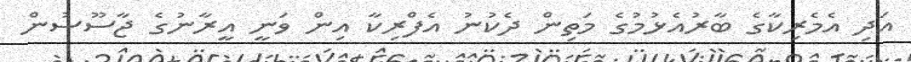
އަދި އެމެރިކާގެ ބާރުއެޅުމުގެ މަތިން ދެކުނު އެފްރިކާ އިން ވަނީ އީރާނުގެ ޖާސޫސުން